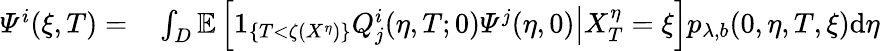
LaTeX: \begin{array}{rl}{\varPsi^{i}(\xi,T)=}&{{}\int_{D}\mathbb{E}\left[\left.1_{\{ T<\zeta(X^{\eta})\} }Q_{j}^{i}(\eta,T;0)\varPsi^{j}(\eta,0)\right|X_{T}^{\eta}=\xi\right]p_{\lambda,b}(0,\eta,T,\xi)\mathrm{d}\eta}\end{array}